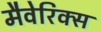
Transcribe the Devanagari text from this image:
मैवेरिक्स